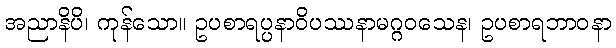
အညာနိပိ၊ ကုန်သော။ ဥပစာရပ္ပနာဝိပဿနာမဂ္ဂဝသေန၊ ဥပစာရဘာဝနာ